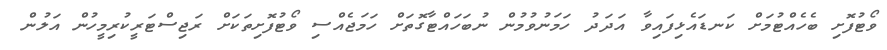
ވޯޓުފޮށި ބެހެއްޓުމަށް ކަނޑައެޅިފައިވާ އަދަދު ހަމަނުވުމުން ނުބަހައްޓާގޮތަށް ހަމަޖެއްސި ވޯޓުފޮށިތަކަށް ރަޖިސްޓަރީކުރިމީހުން އަލުން